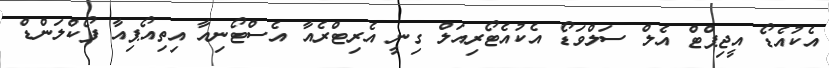
އެކުއެޑޯ އީޖިޕްޓް އެލް ސަލްވަޑޯ އެކުއެޓޯރިއަލް ގިނީ އެރިޓްރެއާ އެސްޓޯނިއާ އިތިއޯޕިއާ ފޯކްލަންޑް